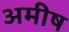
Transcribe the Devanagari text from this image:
अमीष